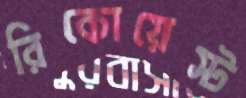
রিকোয়েস্ট